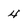
Character: 4